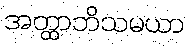
အတ္ထာဘိသမယာ